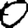
Digit: 0